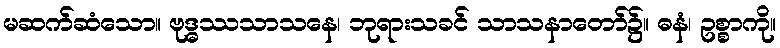
မဆက်ဆံသော။ ဗုဒ္ဓဿသာသနေ၊ ဘုရားသခင် သာသနာတော်၌။ ဓနံ၊ ဥစ္စာကို။